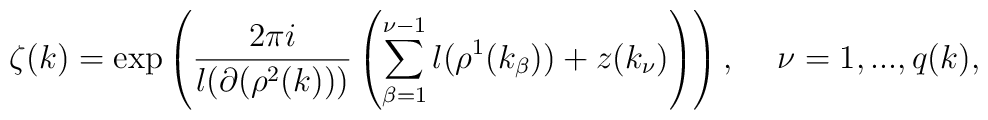
\zeta (k)=\exp \left( \frac{2\pi i}{l(\partial (\rho ^{2}(k)))}\left(\sum_{\beta =1}^{\nu -1}l(\rho ^{1}(k_{\beta }))+z(k_{\nu })\right) \right) ,\hspace{0.2in}\nu =1,...,q(k),